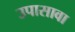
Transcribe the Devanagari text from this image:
उपासावा